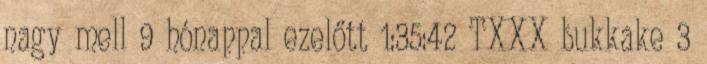
nagy mell 9 hónappal ezelőtt 1:35:42 TXXX bukkake 3